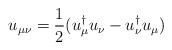
LaTeX: \begin{align*}u_{\mu\nu} = \frac{1}{2} (u_{\mu}^{\dagger} u_{\nu} - u_{\nu}^{\dagger} u_{\mu})\end{align*}